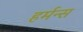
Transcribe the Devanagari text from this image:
हर्मन्स